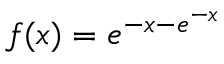
f ( x ) = e ^ { - x - e ^ { - x } }